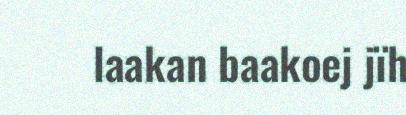
laakan baakoej jïh